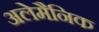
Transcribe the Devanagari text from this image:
अलेमैनिक